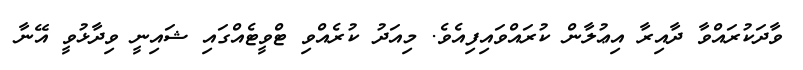
ވާދަކުރައްވާ ދާއިރާ އިޢުލާން ކުރައްވައިފިއެވެ. މިއަދު ކުރެއްވި ޓްވީޓެއްގައި ޝައިނީ ވިދާޅުވީ އޭނާ